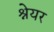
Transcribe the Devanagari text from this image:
श्नेयर